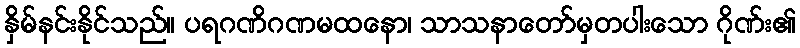
နှိမ်နင်းနိုင်သည်။ ပရဂဏိဂဏမထနော၊ သာသနာတော်မှတပါးသော ဂိုဏ်း၏